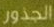
الجذور